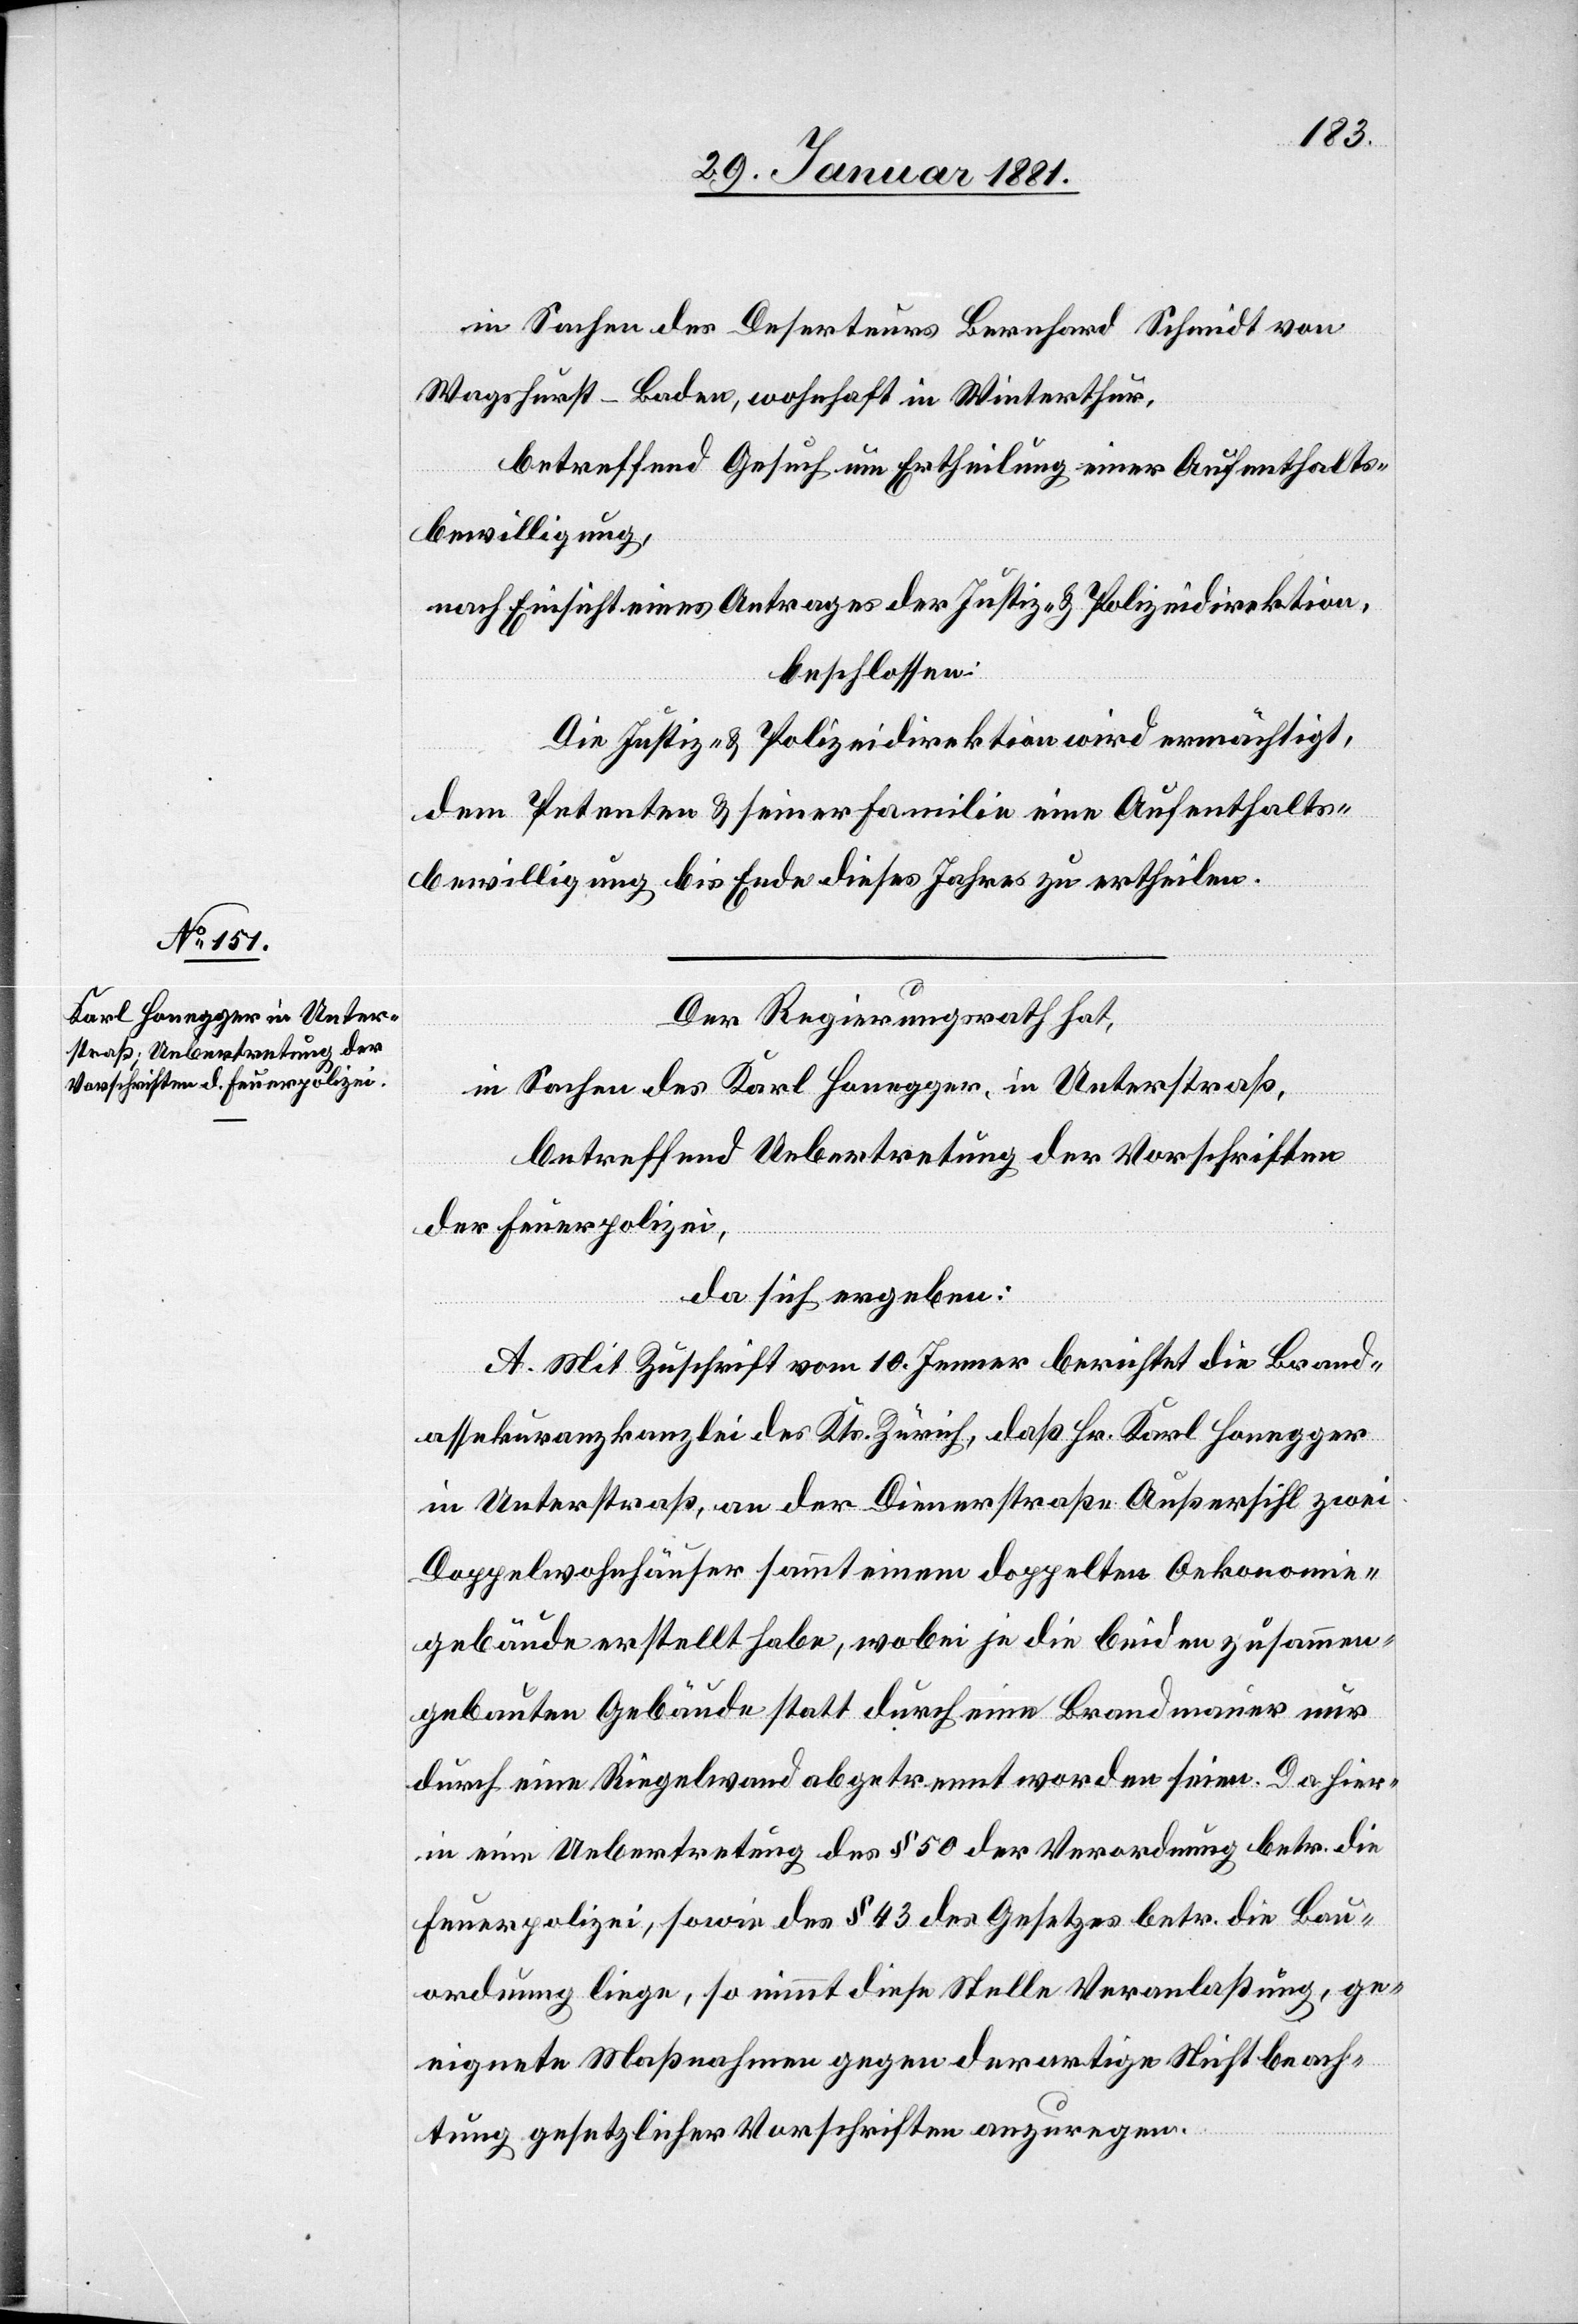
in Sachen des Deserteurs Bernhard Schmidt von
Wagshurst - Baden, wohnhaft in Winterthur,
betreffend Gesuch um Ertheilung einer Aufenthalts¬
bewilligung,
nach Einsicht eines Antrages der Justiz- & Polizeidirektion,
beschlossen:
Die Justiz- & Polizeidirektion wird ermächtigt,
dem Petenten & seiner Familie eine Aufenthalts¬
bewilligung bis Ende dieses Jahres zu ertheilen.
Der Regierungsrath hat,
in Sachen des Karl Honegger, in Unterstraß,
betreffend Uebertretung der Vorschriften
der Feuerpolizei,
da sich ergeben:
A. Mit Zuschrift vom 10. Jenner berichtet die Brand¬
assekuranzkanzlei des Kts. Zürich, daß Hr. Karl Honegger
in Unterstraß, an der Dienerstraße Außersihl zwei
Doppelwohnhäuser sammt einem doppelten Oekonomie¬
gebäude erstellt habe, wobei je die beiden zusammen¬
gebauten Gebäude statt durch eine Brandmauer nur
durch eine Ringelwand abgetrennt worden seien. Da hier¬
in eine Uebertretung des § 50 der Verordnung betr. die
Feuerpolizei, sowie des § 43 des Gesetzes betr. die Bau¬
ordnung liege, so nimmt diese Stelle Veranlaßung, ge¬
eignete Maßnahmen gegen derartige Nichtbeach¬
tung gesetzlicher Vorschriften anzuregen.